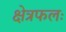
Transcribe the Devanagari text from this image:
क्षेत्रफलः